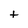
Character: t